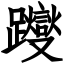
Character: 躞